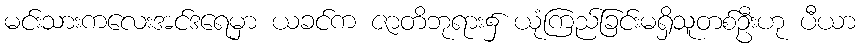
မင်းသားကလေးအင်ဒရေမှာ ယခင်က ဇာတိဘုရား၌ ယုံကြည်ခြင်းမရှိသူတစ်ဦးဟု ပီယာ